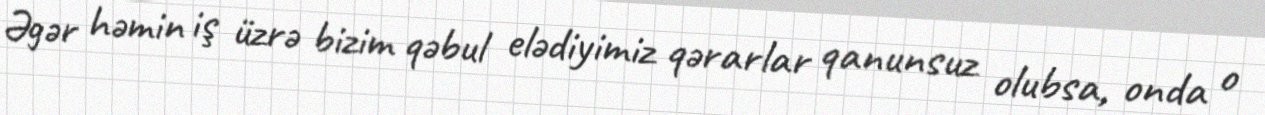
Əgər həmin iş üzrə bizim qəbul elədiyimiz qərarlar qanunsuz olubsa, onda o